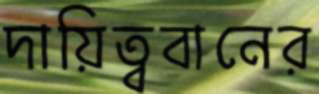
দায়িত্ববানের